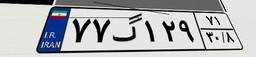
۷۷گ۱۲۹۷۱